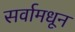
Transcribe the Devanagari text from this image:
सर्वामधून